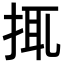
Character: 𢬴